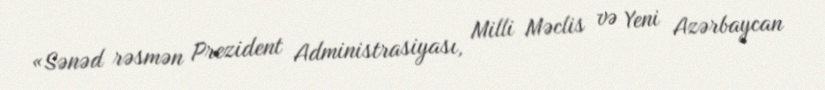
«Sənəd rəsmən Prezident Administrasiyası, Milli Məclis və Yeni Azərbaycan